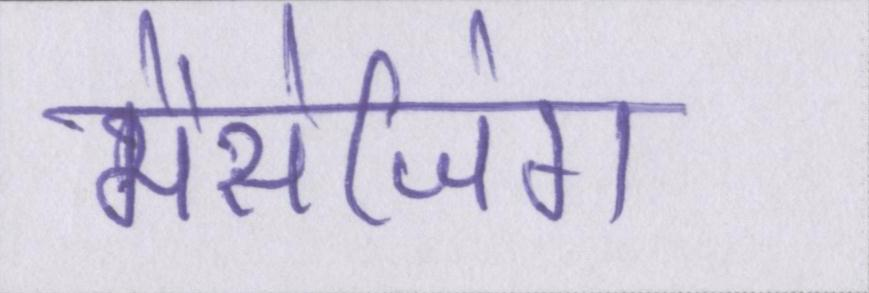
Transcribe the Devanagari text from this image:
मैसेजिंग